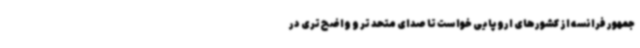
جمهور فرانسه از کشورهای اروپایی خواست تا صدای متحد تر و واضح تری در